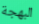
البهجة